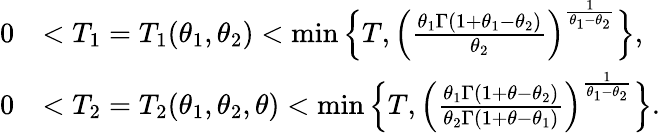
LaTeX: \begin{array}{rl}{0}&{<T_{1}=T_{1}(\theta_{1},\theta_{2})<\operatorname*{min}\Big\{ T,\Big(\frac{\theta_{1}\Gamma(1+\theta_{1}-\theta_{2})}{\theta_{2}}\Big)^{\frac{1}{\theta_{1}-\theta_{2}}}\Big\} ,}\\ {0}&{<T_{2}=T_{2}(\theta_{1},\theta_{2},\theta)<\operatorname*{min}\Big\{ T,\Big(\frac{\theta_{1}\Gamma(1+\theta-\theta_{2})}{\theta_{2}\Gamma(1+\theta-\theta_{1})}\Big)^{\frac{1}{\theta_{1}-\theta_{2}}}\Big\} .}\end{array}